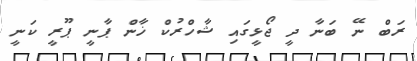
ރަބް ނޭ ބަނާ ދީ ޖޯޅީގައި ޝާހްރުކް ޚާން ޕާނީ ޕޫރީ ކަނީ